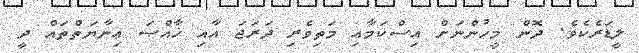
ލީޑަރެކެވެ. ދޮން މީހުންނަށް އިސްކަމާއި މަތިވެރި ދަރަޖަ އާއި ޚާއްޞަ ޢިނާޔަތްތައް ދީ